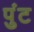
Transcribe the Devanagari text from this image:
पुंट